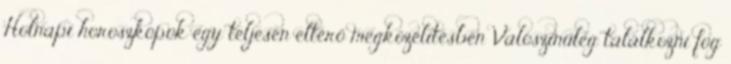
Holnapi horoszkópok egy teljesen eltérő megközelítésben Valószínűleg találkozni fog